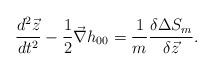
LaTeX: \begin{align*}\frac{d^2{\vec z}}{dt^2} - \frac{1}{2} {\vec \nabla}h_{00} =\frac{1}{m} \frac{\delta \Delta S_m}{\delta {\vec z}} .\end{align*}